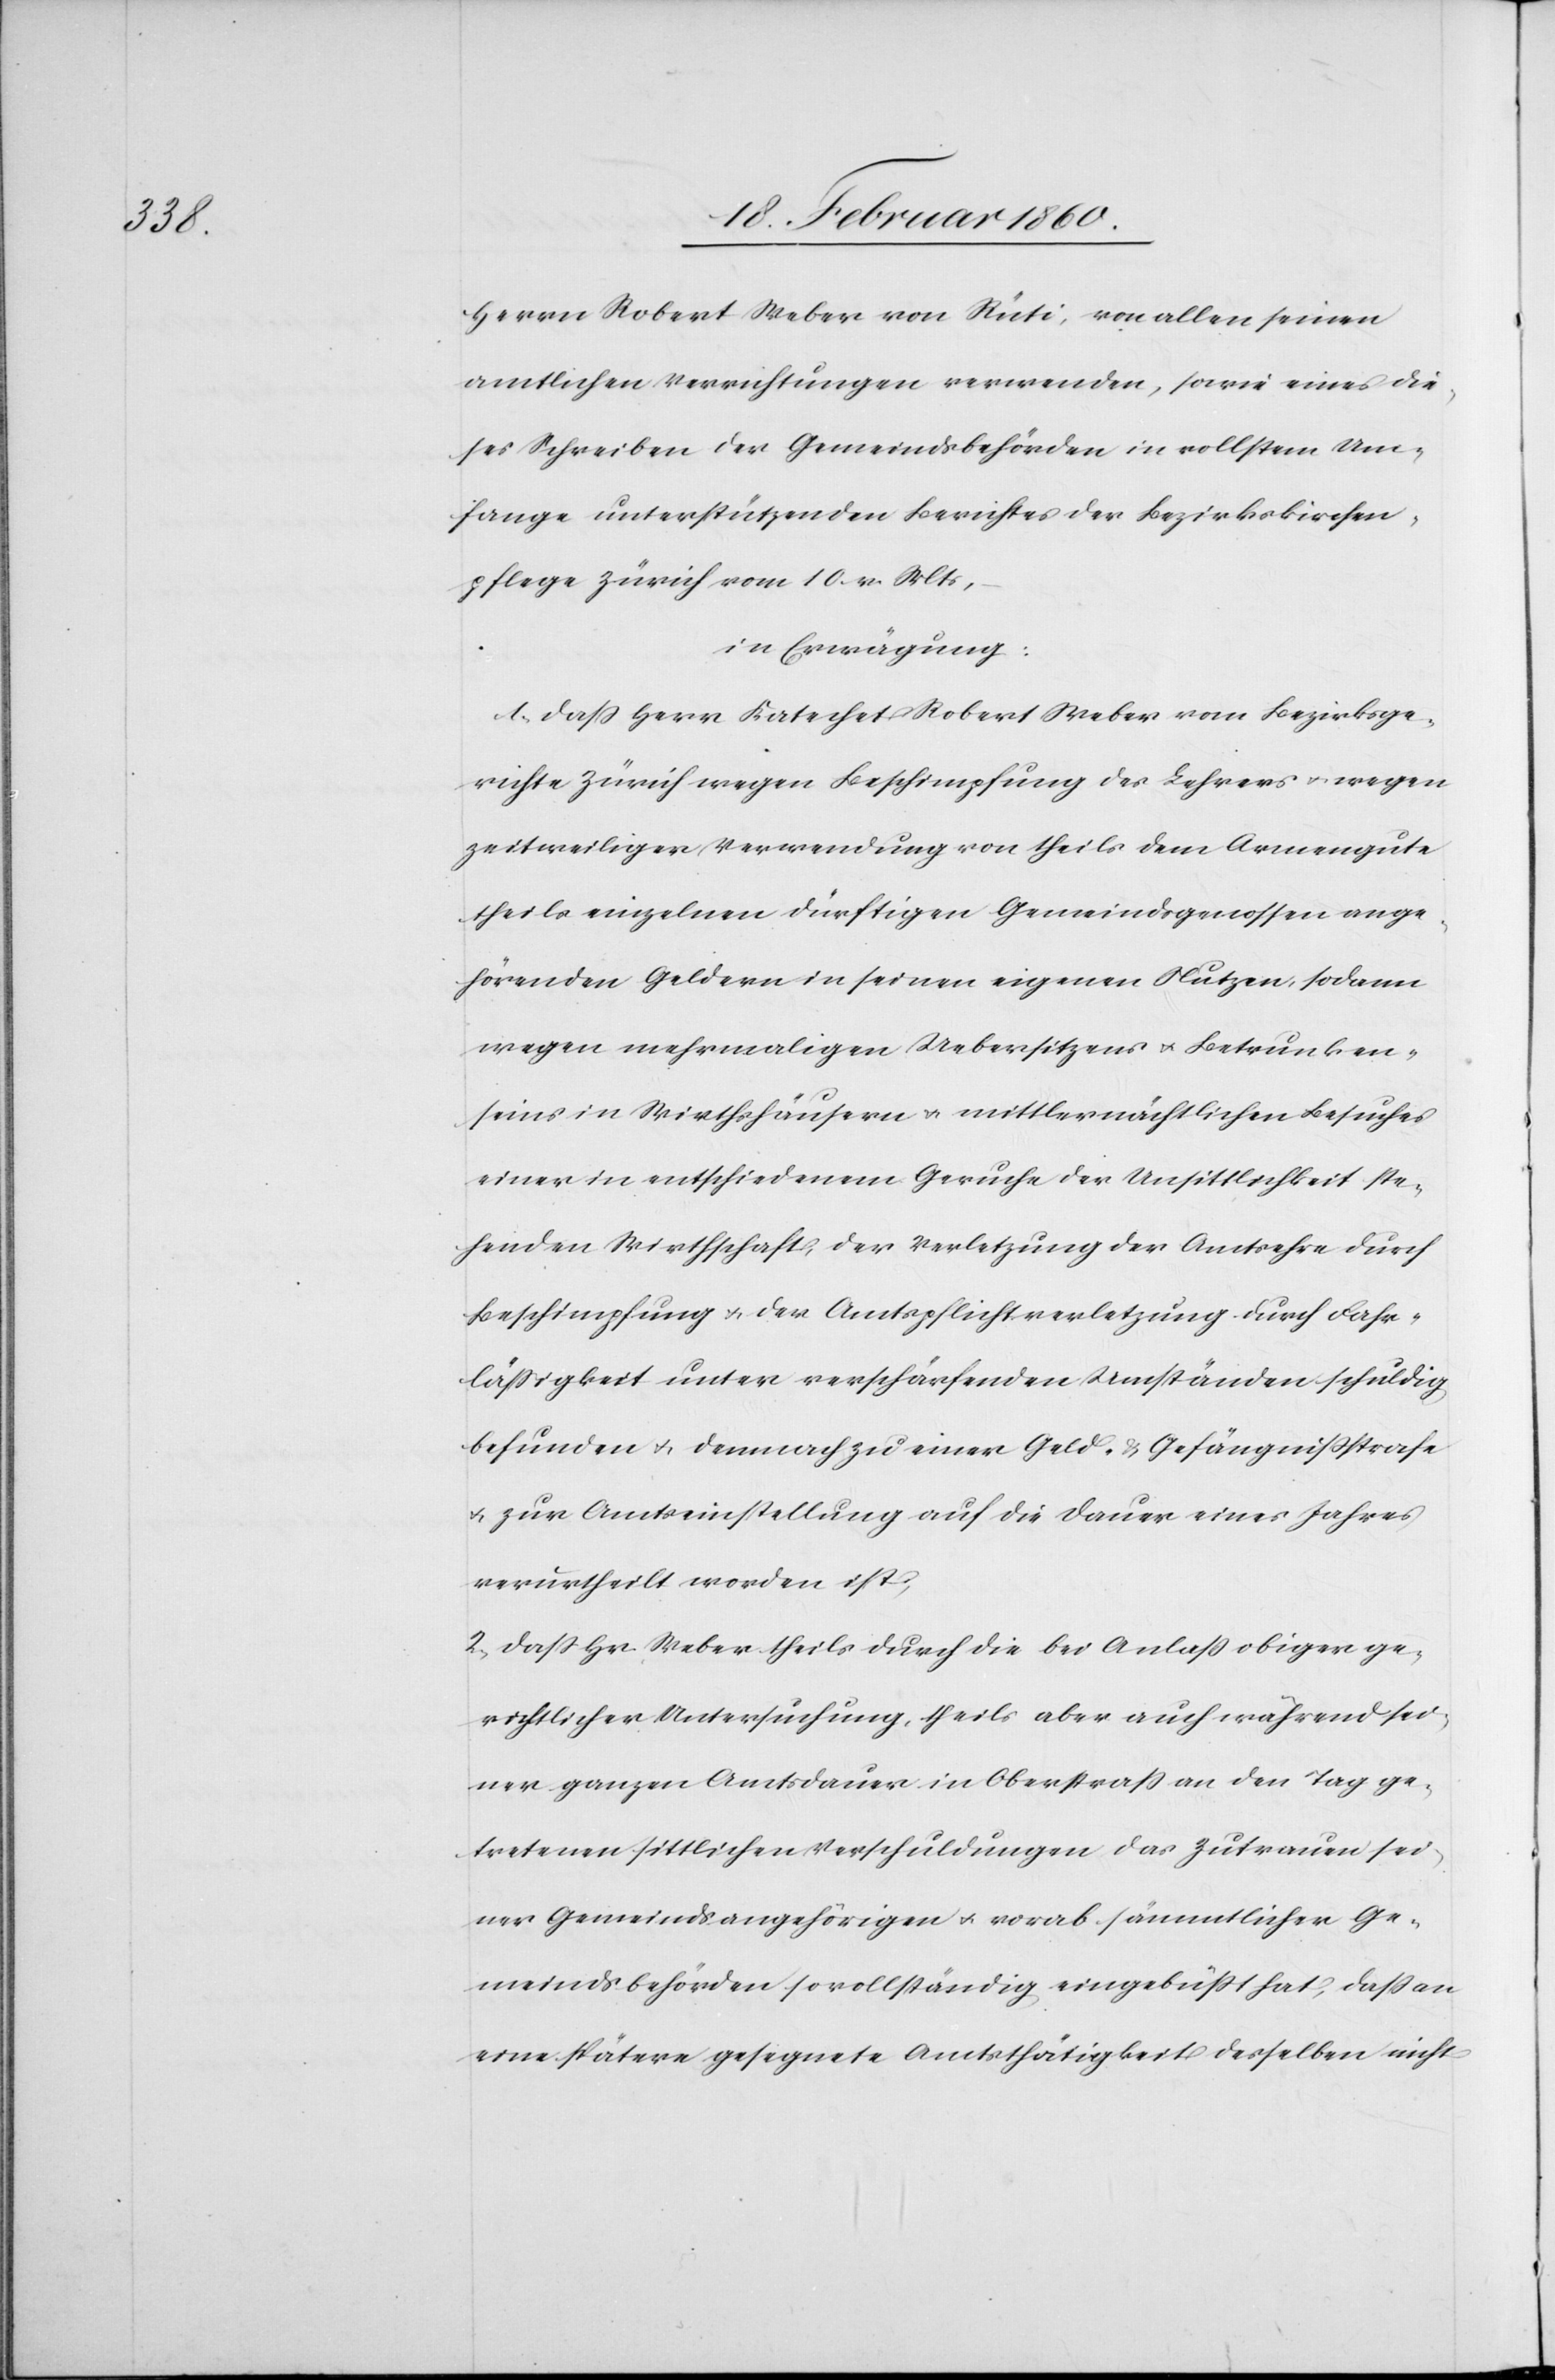
Herrn Robert Weber von Rüti, von allen seinen
amtlichen Verrichtungen verwenden, sowie eines die¬
ses Schreiben der Gemeindsbehörden in vollstem Um¬
fange unterstützenden Berichtes der Bezirkskirchen¬
pflege Zürich vom 10. v. Mts.
in Erwägung:
1. Dass Herr Katechet Robert Weber vom Bezirksge¬
richte Zürich wegen Beschimpfung des Lehrers u. wegen
zeitweiliger Verwendung von theils dem Armengute
theils einzelnen dürftigen Gemeindsgenossen ange¬
hörenden Geldern in seinen eigenen Nutzen, sodann
wegen mehrmaligen Uebersitzens u. Betrunken¬
heit in Wirthshäusern u. mittlernächtlichen Besuches
einer in entschiedenem Geruche der Unsittlichkeit ste¬
henden Wirthschaft, der Verletzung der Amtsehre durch
Beschimpfung u. der Amtspflichtverletzung durch Fahr¬
lässigkeit unter verschärfenden Umständen schuldig
befunden u. demnach zu einer Geld- u. Gefängnissstrafe
u. zur Amtseinstellung auf die Dauer eines Jahres
verurtheilt worden ist,
2. dass Hr. Weber theils durch die bei Anlaß obiger ge¬
setzlicher Untersuchung, theils aber auch während sei¬
ner ganzen Amtsdauer in Oberstrass an den Tag ge¬
tretenen sittlichen Verschuldungen das Zutrauen sei¬
ner Gemeindsangehörigen u. vorab sämmtlicher Ge¬
meindsbehörden so vollständig eingebüßt hat, dass an
eine spätere gesegnete Amtsthätigkeit desselben nicht